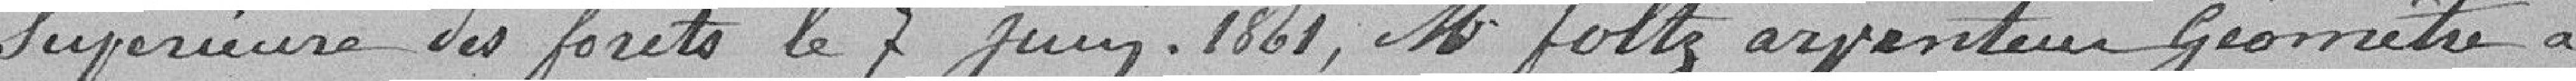
supérieure des forêts le 7 Juin 1821, M Foltz arpenteur géomètre à